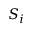
S _ { i }